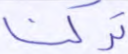
تركنا